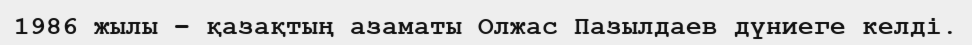
1986 жылы – қазақтың азаматы Олжас Пазылдаев дүниеге келді.